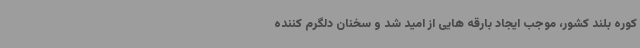
کوره بلند کشور، موجب ایجاد بارقه هایی از امید شد و سخنان دلگرم کننده